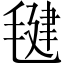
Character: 毽